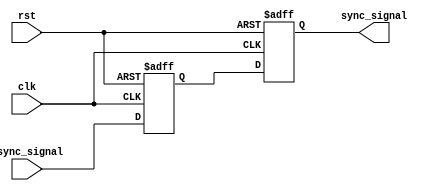
module dual_ff_synchronizer(
    input wire async_signal,  // Input asynchronous signal
    input wire clk,           // Clock signal for the target domain
    input wire rst,           // Asynchronous reset signal
    output reg sync_signal     // Synchronized output signal
);

    // Intermediate signal between the two flip-flops
    reg sync_signal1;

    // First flip-flop to capture the input signal on 'clk' edge
    always @(posedge clk or posedge rst) begin
        if (rst) begin
            sync_signal1 <= 1'b0; // Reset to known state
        end else begin
            sync_signal1 <= async_signal; // Sample async signal
        end
    end

    // Second flip-flop to stabilize the signal from the first flip-flop
    always @(posedge clk or posedge rst) begin
        if (rst) begin
            sync_signal <= 1'b0; // Reset to known state
        end else begin
            sync_signal <= sync_signal1; // Sample the output of the first flip-flop
        end
    end

endmodule